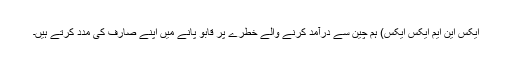
ایکس این ایم ایکس ایکس) ہم چین سے درآمد کرنے والے خطرے پر قابو پانے میں اپنے صارف کی مدد کرتے ہیں۔